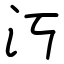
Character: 汅